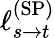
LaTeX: \ell_{s\rightarrow t}^{\mathrm{(SP)}}